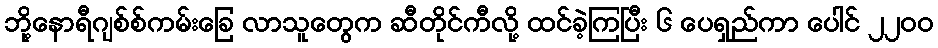
ဘို့နောရီဂျစ်စ်ကမ်းခြေ လာသူတွေက ဆီတိုင်ကီလို့ ထင်ခဲ့ကြပြီး ၆ ပေရှည်ကာ ပေါင် ၂၂၀၀